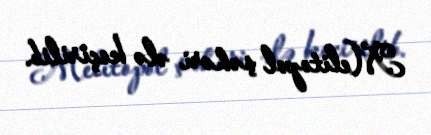
Melitopol şəhəri ələ keçirilib.